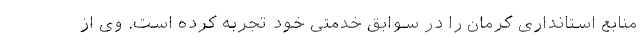
منابع استانداری کرمان را در سوابق خدمتی خود تجربه کرده است. وی از